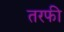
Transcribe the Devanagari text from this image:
तरफी